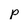
Character: p